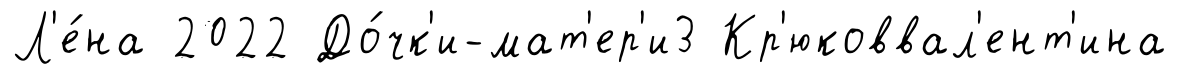
Л'е́на 2022 До́чк'и-мат'ер'и3 Кр'юковвал'ент'ина